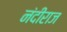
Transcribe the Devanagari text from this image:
नंदीराज